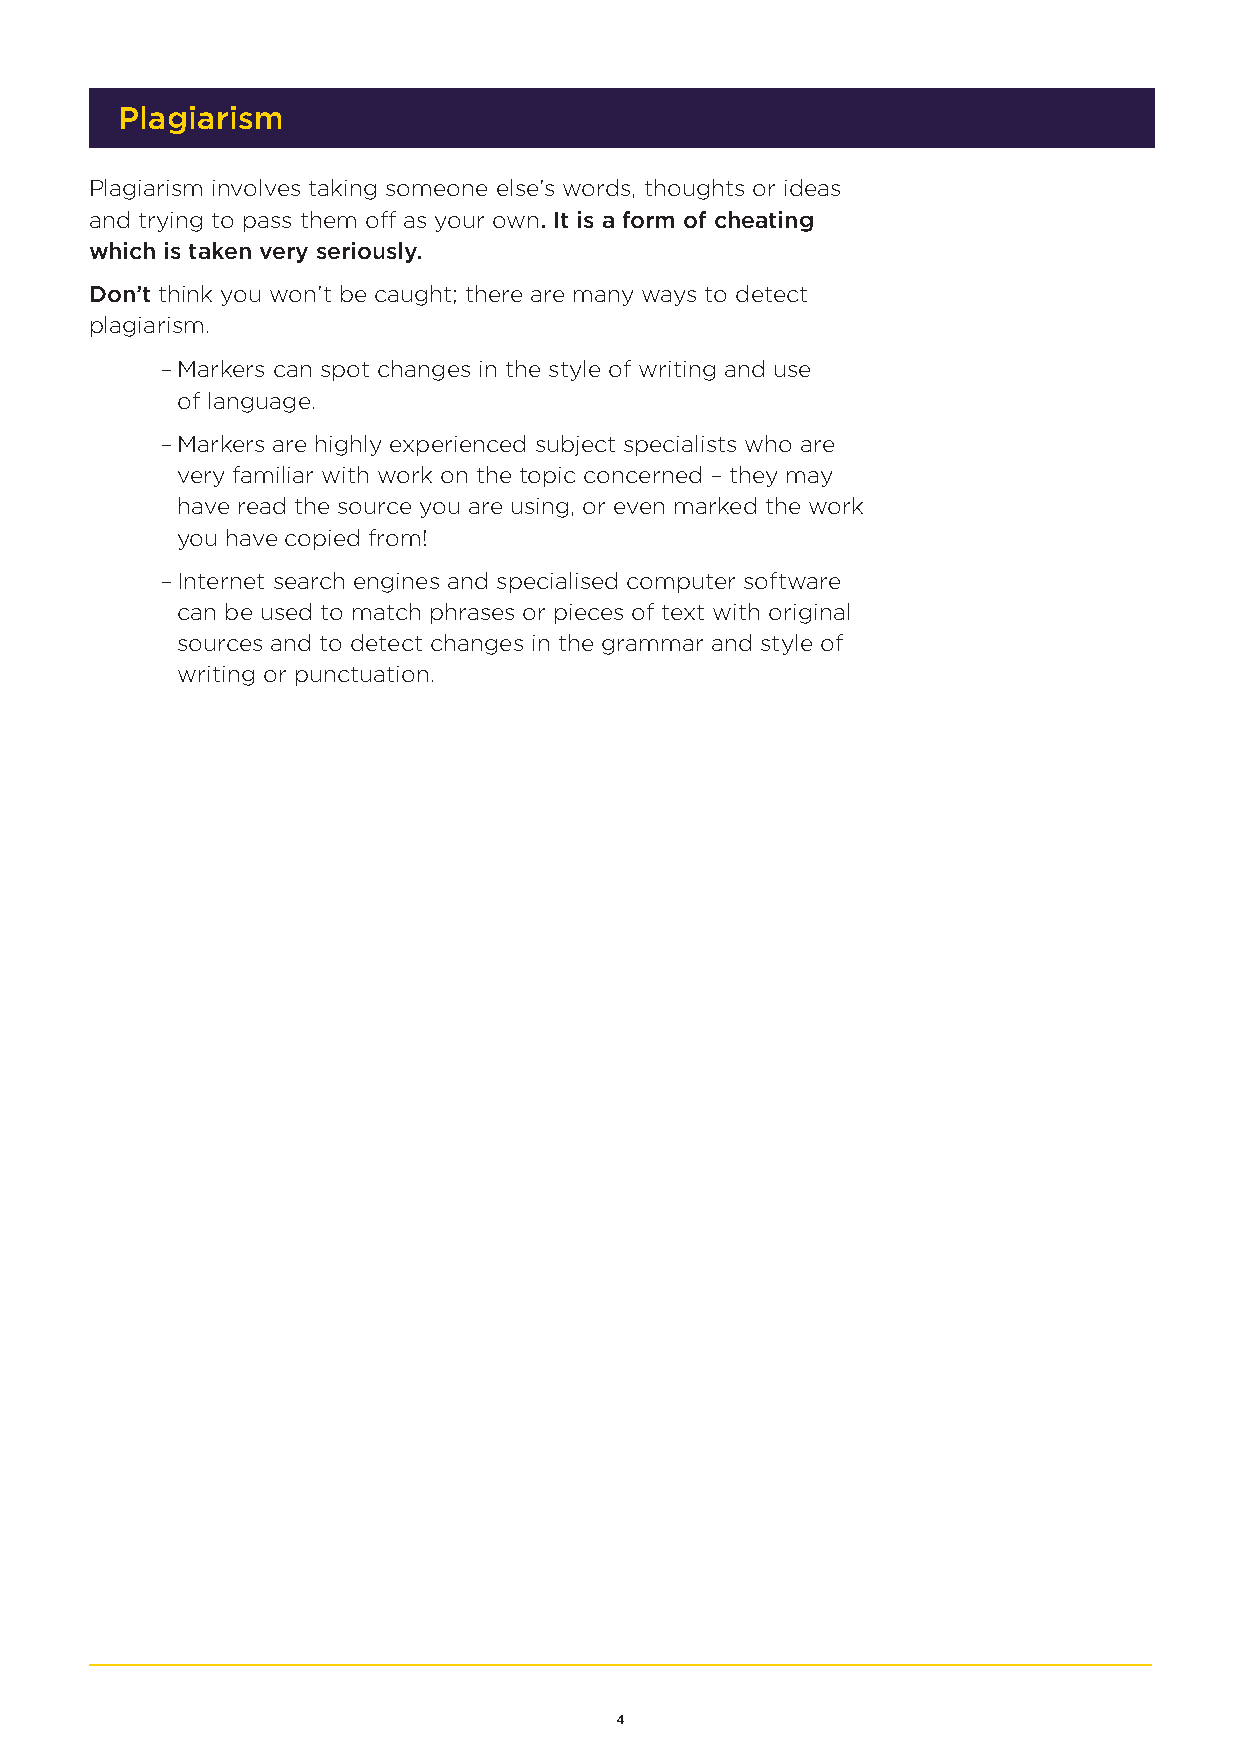
Plagiarism
 Plagiarism involves taking someone else’s words, thoughts or ideas
 and trying to pass them off as your own. It is a form of cheating
 which is taken very seriously.
 Don’t think you won’t be caught; there are many ways to detect
 plagiarism.
 – Markers can spot changes in the style of writing and use
 of language.
 – Markers are highly experienced subject specialists who are
 very familiar with work on the topic concerned – they may
 have read the source you are using, or even marked the work
 you have copied from!
 – Internet search engines and specialised computer software
 can be used to match phrases or pieces of text with original
 sources and to detect changes in the grammar and style of
 writing or punctuation.
 4